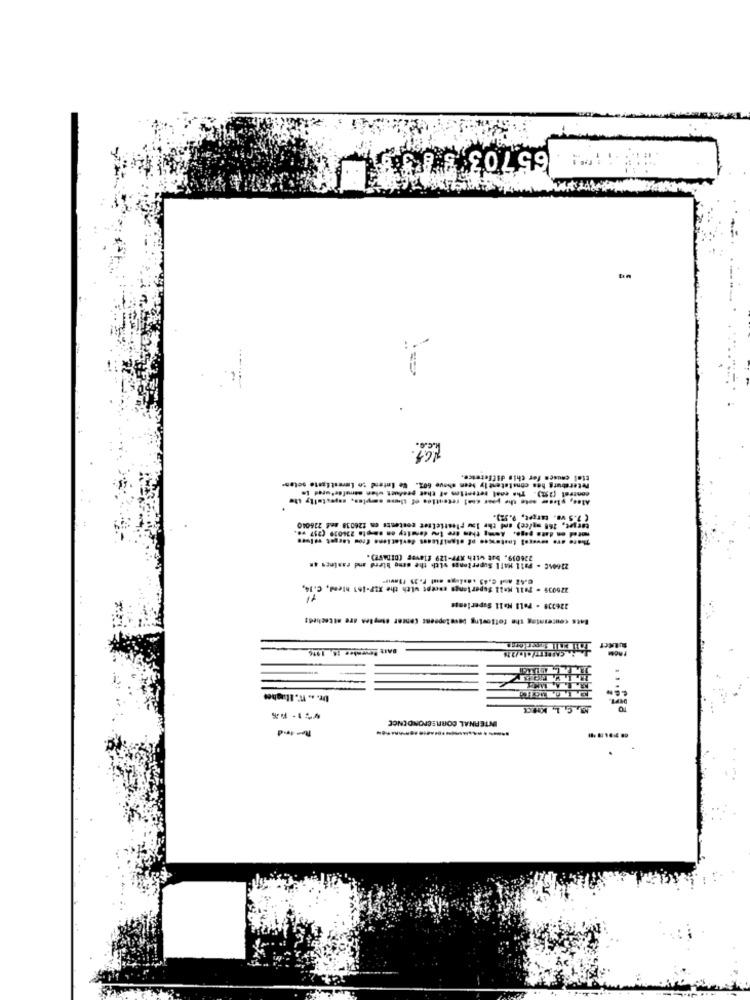
65703 3 8 5 31
tiel causes for this diffetesce.
Petersburg hes consistently been shove 602. We Intend to Lerestigste soles-
Ales, please note the pour con! retentles of these soytes, mapestelty the
contrat [252). The coal retretlen of that product when manufactured in
( 3.5 vs. target, 9.52).
torget, 260 my/ce) and the law plestielser contents en 226038 and 226040
mited on date page, Among them ore tru density en .apte 234039 (257 w ..
226039, but with XFf-129 flaves (CIDAF?).
22601C - Pall Mall Supertongs with the sono blend and easincs AR
276039 - Pall Mall Superlangs encept with the X17-161 hlend, C.14,
226330 - Pall Mall Ssperlengs
Bats concerning the following Development center etmyles are attacheds
BAIE Seventee 16, 1916
-
Ur. .. W. ELuaghee
INTERNAL CORRESPONDENCE